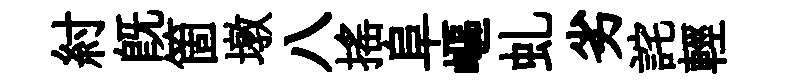
紂旣箇墩八揺阜嶇虬劣詫輕